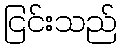
ငြင်းသည်